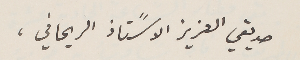
صديقي العزيز الاسًتاذ الريحاني،